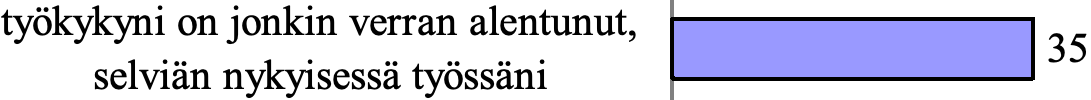
työkykyni on jonkin verran alentunut, 35 selviän nykyisessä työssäni